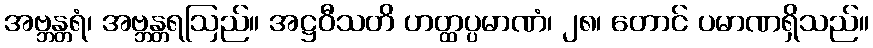
အဗ္ဘန္တရံ၊ အဗ္ဘန္တရဩည်။ အဋ္ဌဝီသတိ ဟတ္ထပ္ပမာဏံ၊ ၂၈၊ တောင် ပမာဏရှိသည်။